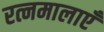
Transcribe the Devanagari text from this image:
रत्नमालाएँ